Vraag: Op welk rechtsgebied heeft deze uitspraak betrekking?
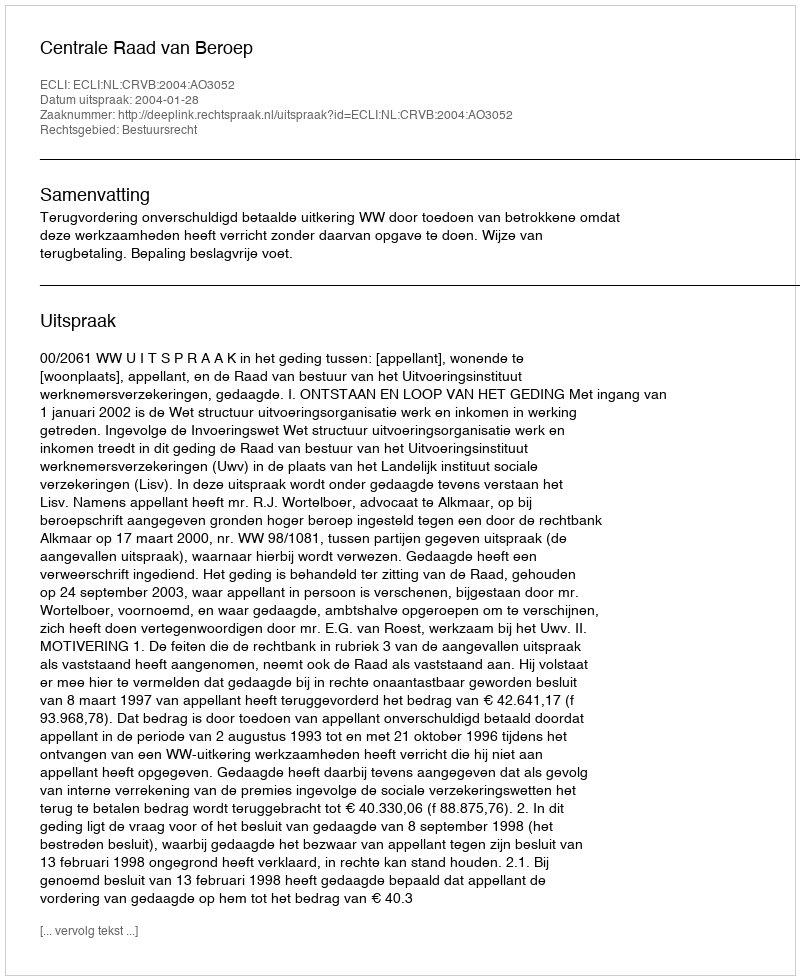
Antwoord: Bestuursrecht